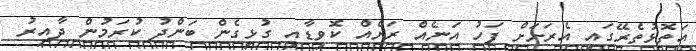
އަތޮޅުތެރޭގައި އެރަށަށް ފަހު އަނެއް ރަށެއް ކޮވިޑާއި ގުޅިގެން ބަންދު ކުރަމުން ދާއިރު